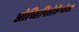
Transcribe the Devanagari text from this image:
ओच्सिपितोतेम्पोरल